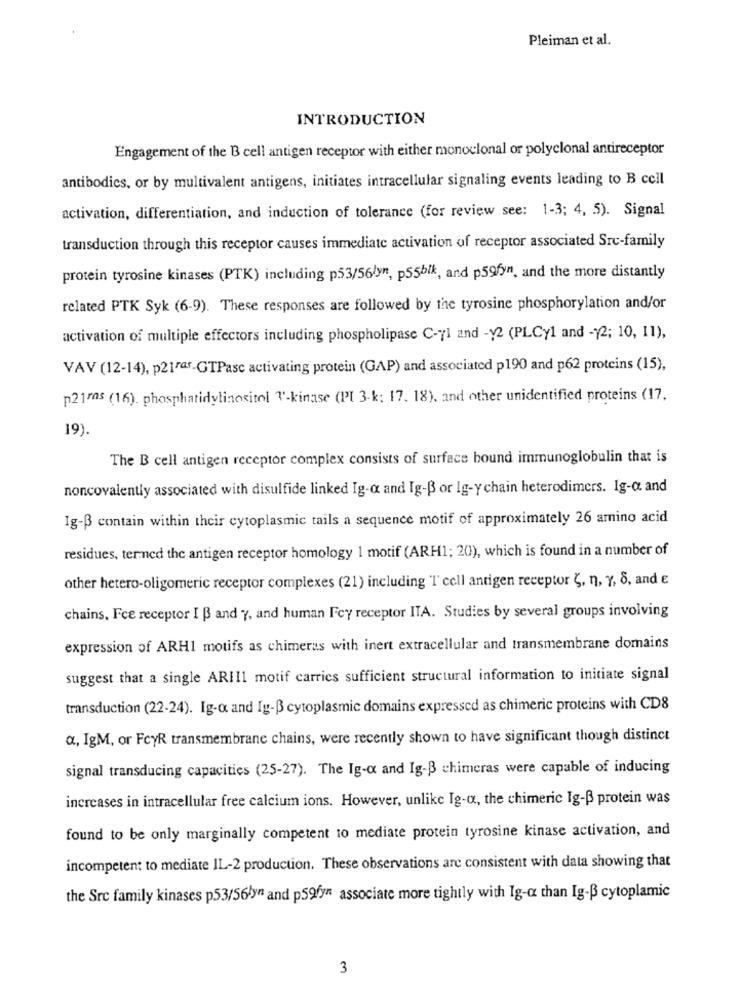
Pleiman et al.
INTRODUCTION
Engagement of the B cell antigen receptor with either monoclonal or polyclonal antireceptor
antibodies, or by multivalent antigens, initiates intracellular signaling events leading to B cell
activation, differentiation, and induction of tolerance (for review see: 1-3; 4, 5). Signal
transduction through this receptor causes immediate activation of receptor associated Sre-family
protein tyrosine kinases (PTK) including p53/56lyn, p55bik, and p59fyn, and the more distantly
related PTK Syk (6-9). These responses are followed by the tyrosine phosphorylation and/or
activation of multiple effectors including phospholipase C-yl and -12 (PLCy1 and -12; 10, 11),
VAV (12-14), p21raf-GTPasc activating protein (GAP) and associated p190 and p62 proteins (15),
p21ras (16). phosphatidylinositol 7-kinase (PI 3-k: 17. 18). and other unidentified proteins (17.
19).
The B cell antigen receptor complex consists of surface bound immunoglobulin that is
noncovalently associated with disulfide linked Ig-a and Ig-B or lg-y chain heterodimers. Ig-o. and
Ig-B contain within their cytoplasmic tails a sequence motif of approximately 26 amino acid
residues, terned the antigen receptor homology 1 motif (ARH1; 20), which is found in a number of
other hetero-oligomeric receptor complexes (21) including 'I' cell antigen receptor Č, n, Y, 8, and €
chains, Fce receptor I B and Y, and human Fcy receptor ITA. Studies by several groups involving
expression of ARHI motifs as chimeras with inert extracellular and transmembrane domains
suggest that a single ARIIl motif carries sufficient structural information to initiate signal
transduction (22-24). Ig-a and Ig-B cytoplasmic domains expressed as chimeric proteins with CD8
a, IgM, or FcyR transmembrane chains, were recently shown to have significant though distinct
signal transducing capacities (25-27). The Ig-a and Ig-B chimeras were capable of inducing
increases in intracellular free calcium ions. However, unlike Ig-a, the chimeric Ig-B protein was
found to be only marginally competent to mediate protein tyrosine kinase activation, and
incompetent to mediate IL-2 production. These observations are consistent with data showing that
the Src family kinases p53/56łyn and p59fy associate more tightly with Ig-a than Ig-B cytoplamic
3